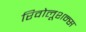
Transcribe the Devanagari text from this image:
रिवोलूशन्स